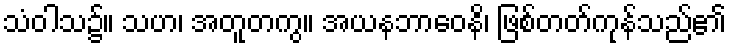
သံဝါသ၌။ သဟ၊ အတူတကွ။ အယနဘာဝေနိ၊ ဖြစ်တတ်ကုန်သည်၏